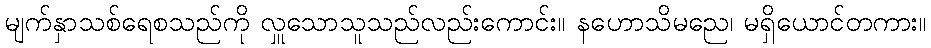
မျက်နှာသစ်ရေစသည်ကို လှူသောသူသည်လည်းကောင်း။ နဟောသိမညေ၊ မရှိယောင်တကား။